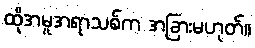
ထိုအမူအရာသစ်က အခြားမဟုတ်။